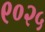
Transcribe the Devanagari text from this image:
९०२५